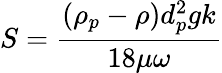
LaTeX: S=\frac{(\rho_{p}-\rho)d_{p}^{2}gk}{18\mu\omega}